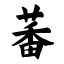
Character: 蕃